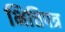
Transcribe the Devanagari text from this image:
भित्तिपत्र